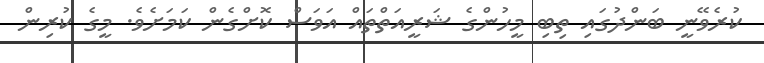
ކުރެވޭނީ ބަންދުގައި ތިބި މީހުންގެ ޝަރީއަތްތައް އަވަސް ކޮށްގެން ކަމަށެވެ. މީގެ ކުރިން